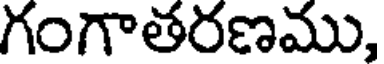
గంగాతరణము,